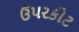
ઉપરકોટ